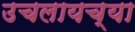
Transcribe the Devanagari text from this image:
उचलायच्या